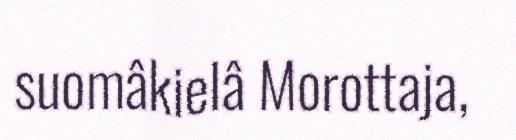
suomâkielâ Morottaja,